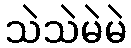
သဲသဲမဲမဲ